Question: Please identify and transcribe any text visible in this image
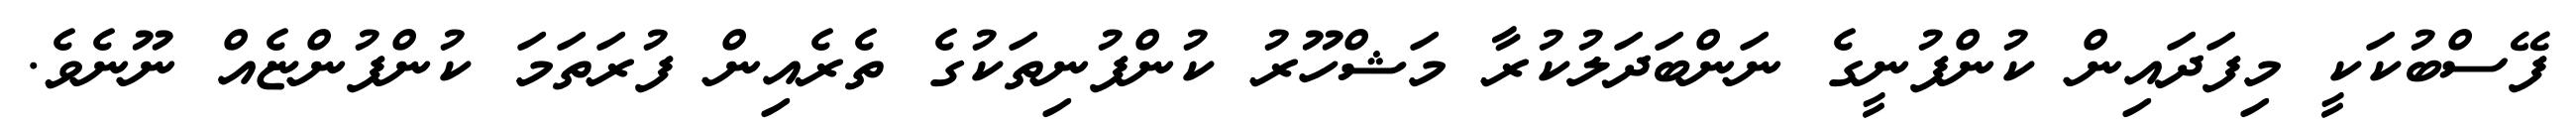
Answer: ފޭސްބުކަކީ މިފަދައިން ކުންފުނީގެ ނަންބަދަލުކުރާ މަޝްހޫރު ކުންފުނިތަކުގެ ތެރެއިން ފުރަތަމަ ކުންފުންޏެއް ނޫނެވެ.